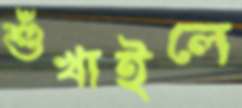
শুঁখাইলে